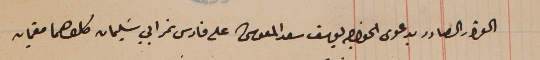
القرار الصادر بدعوى الخواجه يوسف سعد المعوشى على فارس نمر ابي سَليمان كلاهما مقيمان